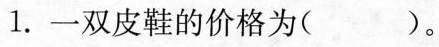
1.一双皮鞋的价格为（）。